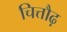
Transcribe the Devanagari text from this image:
चित्तौढ़